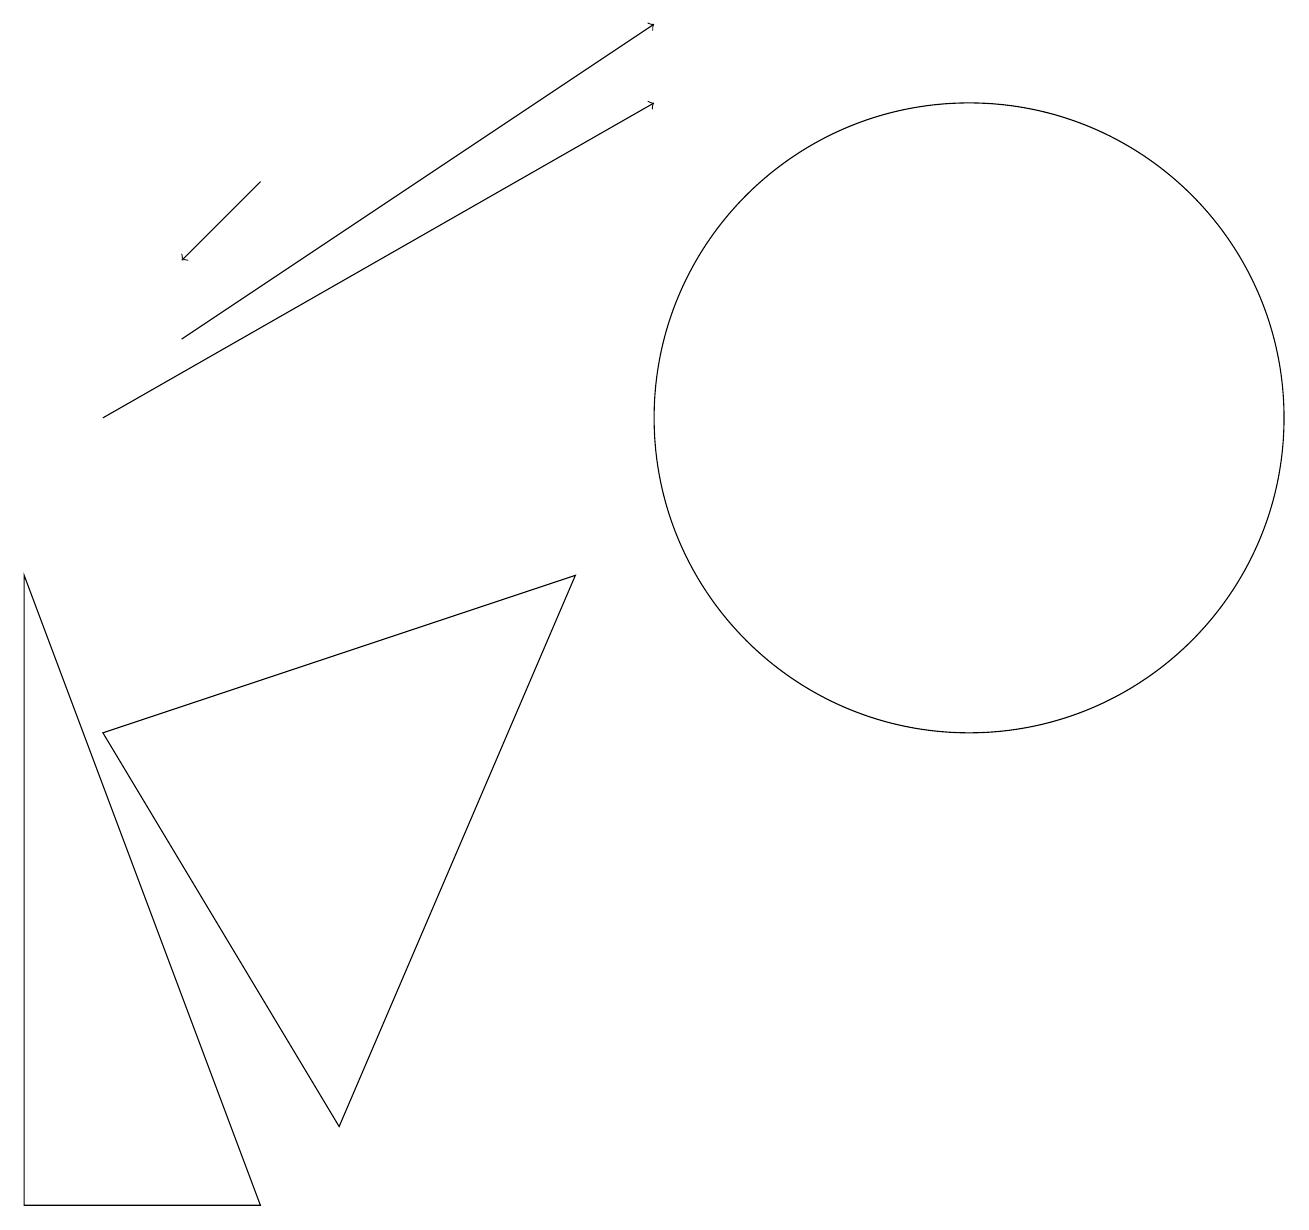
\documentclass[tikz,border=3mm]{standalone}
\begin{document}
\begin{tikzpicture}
\draw (0,9) -- (3,1) -- (0,1) -- cycle;
\draw[->] (1,11) -- (8,15);
\draw[->] (3,14) -- (2,13);
\draw (12,11) circle (4);
\draw[->] (2,12) -- (8,16);
\draw (4,2) -- (7,9) -- (1,7) -- cycle;
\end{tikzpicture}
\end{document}